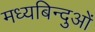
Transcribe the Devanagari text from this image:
मध्यबिन्दुओं